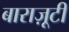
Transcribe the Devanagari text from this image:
बाराज़ूटी